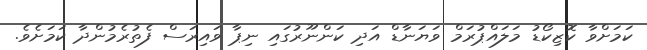
ކަމަށްވާ ކޮޒިކޯޑު މަލައްޕުރަމް ވަޔަނާޑް އަދި ކަންނޫރުގައި ނިޕާ ވައިރަސް ފެތުރެމުންދާ ކަމަށެވެ.